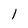
Character: 1